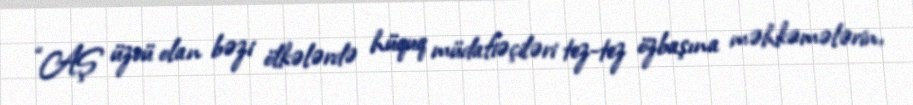
“AŞ üzvü olan bəzi ölkələrdə hüquq müdafiəçiləri tez-tez özbaşına məhkəmələrin,